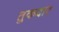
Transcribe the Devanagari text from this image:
तुकदार